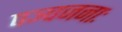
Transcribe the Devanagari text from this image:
पञ्चजनाः